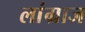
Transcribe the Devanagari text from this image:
लांग्राज